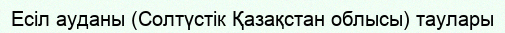
Есіл ауданы (Солтүстік Қазақстан облысы) таулары